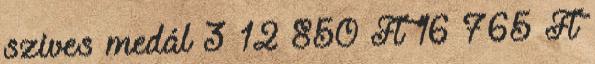
szives medál 3 12 850 Ft 16 765 Ft